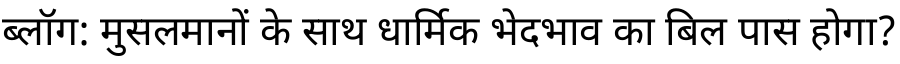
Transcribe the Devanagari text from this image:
ब्लॉग: मुसलमानों के साथ धार्मिक भेदभाव का बिल पास होगा?